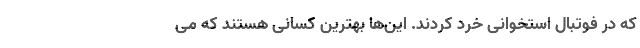
که در فوتبال استخوانی خرد کردند. این‌ها بهترین کسانی هستند که می‌